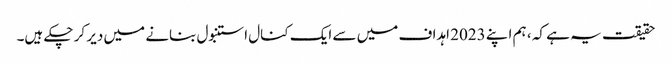
حقیقت یہ ہے کہ ، ہم اپنے 2023 اہداف میں سے ایک کنال استنبول بنانے میں دیر کر چکے ہیں۔